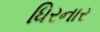
ધિરનાર